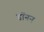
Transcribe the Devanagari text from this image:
डॉनन